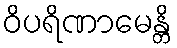
ဝိပရိဏာမေန္တိ